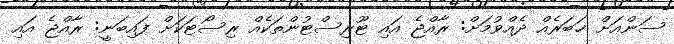
ސަންއަށް ޚަބަރެއް ދެއްވުމަށް: ރާއްޖެ އައި ޓޫރިސްޓުންތަކެއް ރިސޯޓަކަށް ފައިބަނީ: ރާއްޖެ އައި